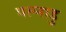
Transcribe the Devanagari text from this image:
पल्नाडु